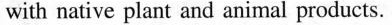
with native plant and animal products.